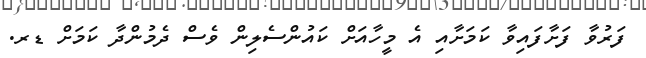
ފަރުވާ ފަށާފައިވާ ކަމަށާއި އެ މީހާއަށް ކައުންސެލިން ވެސް ދެމުންދާ ކަމަށް ޑރ.